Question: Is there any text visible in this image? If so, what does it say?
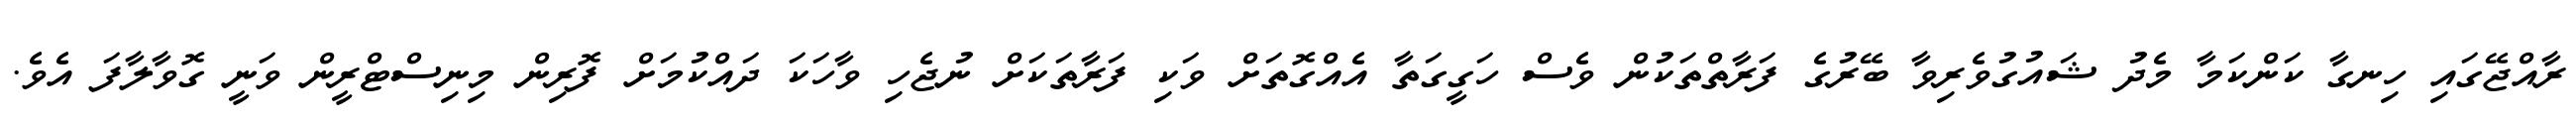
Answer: ރާއްޖޭގައި ހިނގާ ކަންކަމާ މެދު ޝައުގުވެރިވާ ބޭރުގެ ފަރާތްތަކުން ވެސް ހަގީގަތާ އެއްގޮތަށް ވަކި ފަރާތަކަށް ނުޖެހި ވާހަކަ ދައްކުމަށް ފޮރިން މިނިސްޓްރީން ވަނީ ގޮވާލާފަ އެވެ.